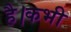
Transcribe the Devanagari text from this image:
है।कभी